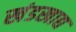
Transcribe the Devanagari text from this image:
खंडखाद्य